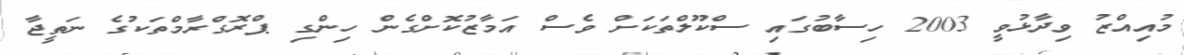
މުއިއްޒު ވިދާޅުވީ 2003 ހިސާބުގައި ސްކޫލްތަކަށް ވެސް އަމާޒުކޮށްގެން ހިންގި ޕްރޮގްރާމްތަކުގެ ނަތީޖާ